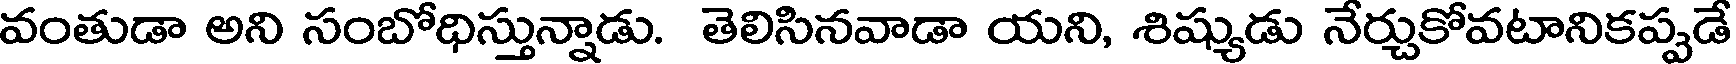
వంతుడా అని సంబోధిస్తున్నాడు. తెలిసినవాడా యని, శిష్యుడు నేర్చుకోవటానికప్పడే